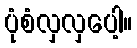
ပုံစံလှလှပေါ့။